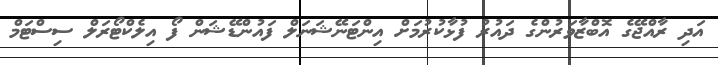
އަދި ރާއްޖޭގެ އޮބްޒާވަރުންގެ ދައުރު ފުޅާކުރުމަށް އިންޓަނޭޝަނަލް ފައުންޑޭޝަން ފޯ އިލެކްޓޯރަލް ސިސްޓަމް